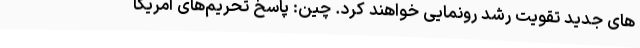
های جدید تقویت رشد رونمایی خواهند کرد. چین: پاسخ تحریم‌های آمریکا